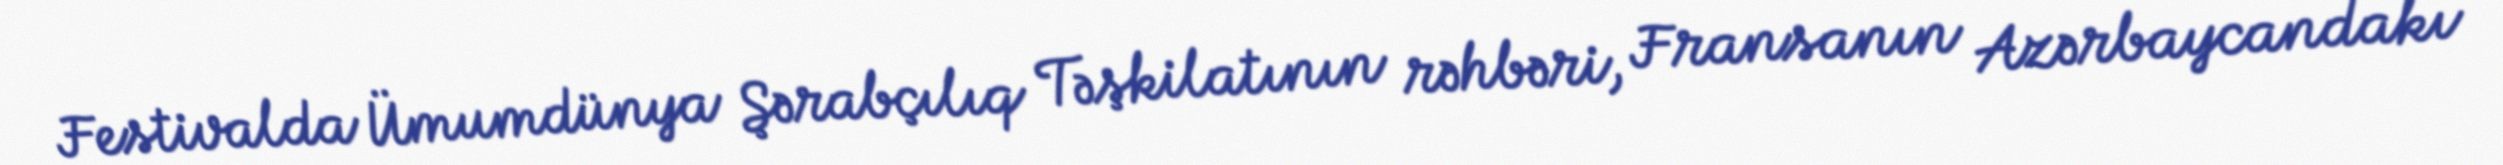
Festivalda Ümumdünya Şərabçılıq Təşkilatının rəhbəri, Fransanın Azərbaycandakı